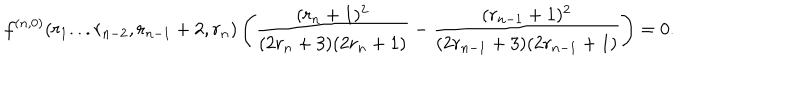
LaTeX: f ^ { ( n , 0 ) } ( r _ { 1 } . . . r _ { n - 2 } , r _ { n - 1 } + 2 , r _ { n } ) \left( \frac { ( r _ { n } + 1 ) ^ { 2 } } { ( 2 r _ { n } + 3 ) ( 2 r _ { n } + 1 ) } - \frac { ( r _ { n - 1 } + 1 ) ^ { 2 } } { ( 2 r _ { n - 1 } + 3 ) ( 2 r _ { n - 1 } + 1 ) } \right) = 0 .